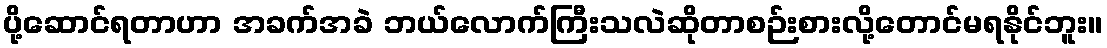
ပို့ဆောင်ရတာဟာ အခက်အခဲ ဘယ်လောက်ကြီးသလဲဆိုတာစဉ်းစားလို့တောင်မရနိုင်ဘူး။